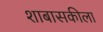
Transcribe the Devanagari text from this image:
शाबासकीला